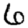
Digit: 6